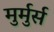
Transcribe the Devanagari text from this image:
मुर्मुर्स